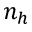
n _ { h }